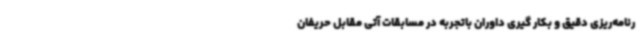
رنامه‌ریزی دقیق و بکار گیری داوران باتجربه در مسابقات آتی مقابل حریفان